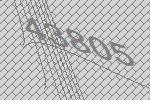
43805